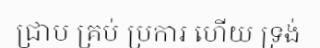
ជ្រាប គ្រប់ ប្រការ ហើយ ទ្រង់